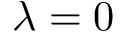
\lambda = 0